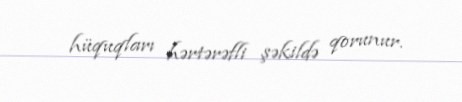
hüquqları hərtərəfli şəkildə qorunur.